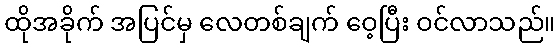
ထိုအခိုက် အပြင်မှ လေတစ်ချက် ဝေ့ပြီး ဝင်လာသည်။